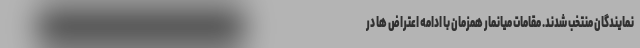
نمایندگان منتخب شدند. مقامات میانمار همزمان با ادامه اعتراض ها در